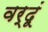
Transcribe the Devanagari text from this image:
वर्दूं